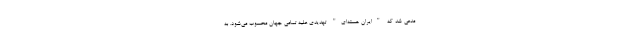
مدعی شد که "ایران هسته‌ای" تهدیدی علیه تمامی جهان محسوب می‌شود. به